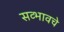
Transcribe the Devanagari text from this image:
सव्भावचे